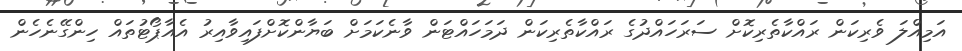
އަމިއްލަ ވެރިކަން ރައްކާތެރިކޮށް ސަރަހައްދުގެ ރައްކާތެރިކަން ދަމަހައްޓަން ވާނެކަމަށް ބަޔާންކޮށްފައިވާއިރު އެއާޕޯޓުތައް ހިންގޭނެހެން